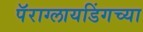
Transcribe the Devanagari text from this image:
पॅराग्लायडिंगच्या